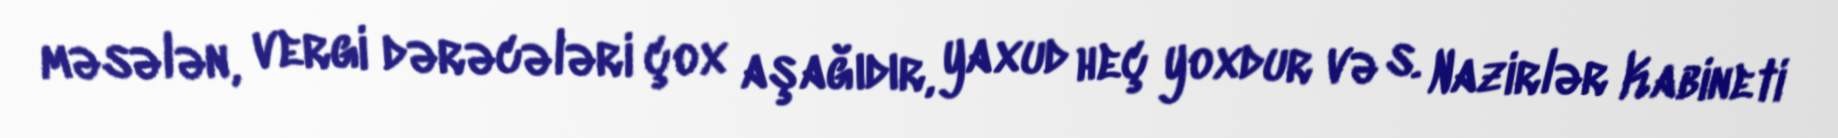
məsələn, vergi dərəcələri çox aşağıdır, yaxud heç yoxdur və s. Nazirlər Kabineti